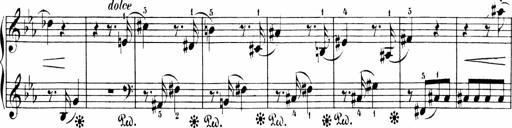
Title: 6 Sonatinas
Composer: Carl Reinecke